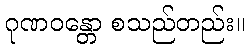
ဂုဏဝန္တော စသည်တည်း။